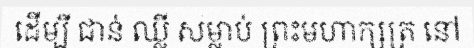
ដើម្បី ជាន់ ឈ្លី សម្លាប់ ព្រះមហាក្សត្រ នៅ